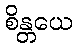
စိန္တယေ